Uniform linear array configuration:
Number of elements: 4
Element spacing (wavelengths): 0.25
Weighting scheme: kaiser
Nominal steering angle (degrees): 15
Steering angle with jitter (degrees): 15.291
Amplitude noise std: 0.05
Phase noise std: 0.05

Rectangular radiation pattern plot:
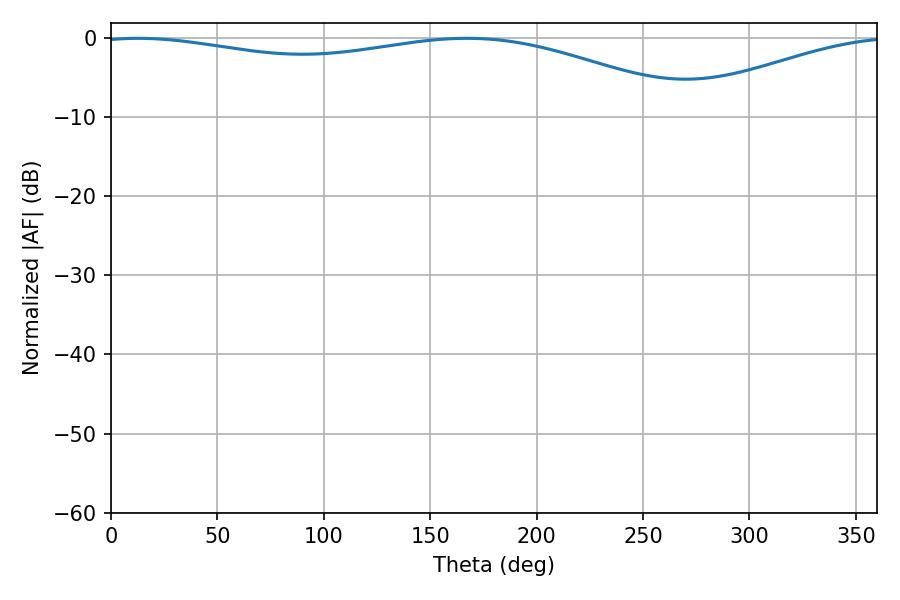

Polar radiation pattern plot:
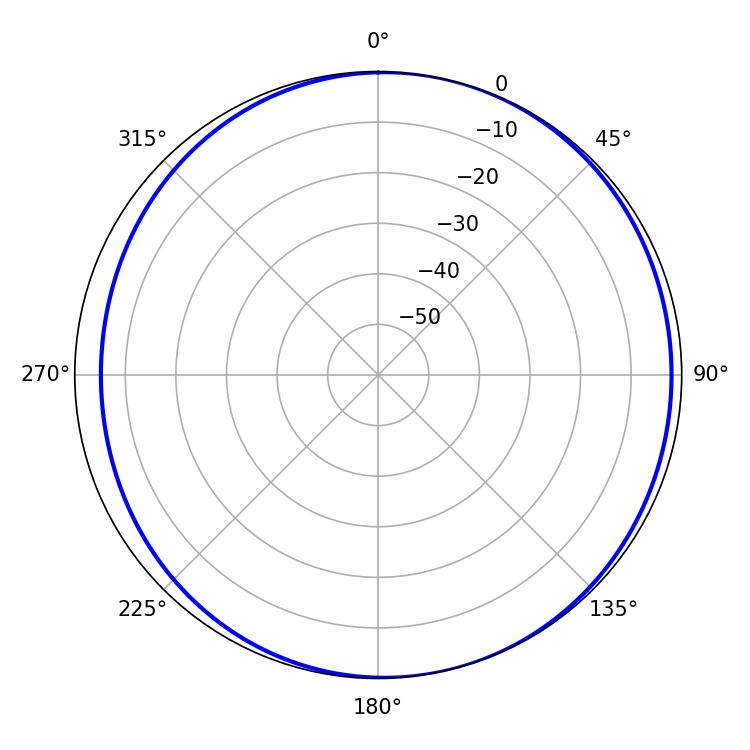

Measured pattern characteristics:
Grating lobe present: FALSE
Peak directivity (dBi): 5.177
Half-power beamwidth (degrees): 227.34
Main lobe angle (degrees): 12.78